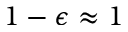
1 - \epsilon \approx 1